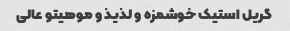
گریل استیک خوشمزه و لذیذ و موهیتو عالی